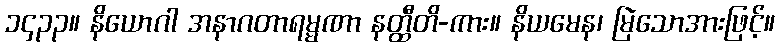
၁၄၃၃။ နိယောဂါ အနာဂတာရမ္မဏာ နတ္ထီတိ-ကား။ နိယမေန၊ မြဲသောအားဖြင့်။